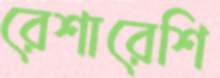
রেশারেশি